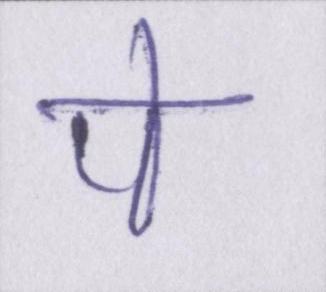
पे